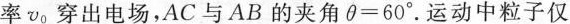
率v_{0}穿出电场，AC与AB的夹角$$\theta = 6 0 °$$.运动中粒子仅